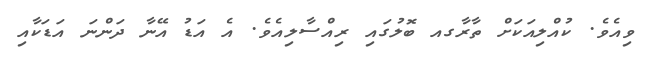
ވިއެވެ. ކުއްލިއަކަށް ތާރާގއ ބޮލުގައި ރިއްސާލިއެވެ. އެ އަޑު އޭނާ ދަންނަ އަޑަކާއި